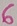
Text: 6